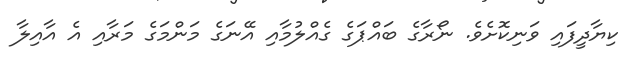
ކިޔާދީފައި ވަނިކޮށެވެ. ނޯރާގެ ބައްޕަގެ ގެއްލުމާއި އޭނަގެ މަންމަގެ މަރާއި އެ އާއިލާ